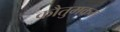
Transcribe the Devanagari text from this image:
कौतुमकम